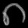
Digit: ၈